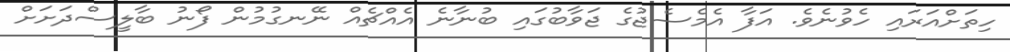
ހިތަށްއަރައި ހެވުނެވެ. އަފާ އެމެސެޖުގެ ޖަވާބުގައި ބުނާނެ އެއްޗެއް ނޭނގުމުން ފޯނު ބާލީސްދަށަށް